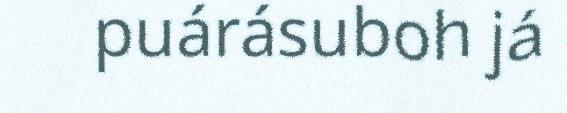
puárásuboh já